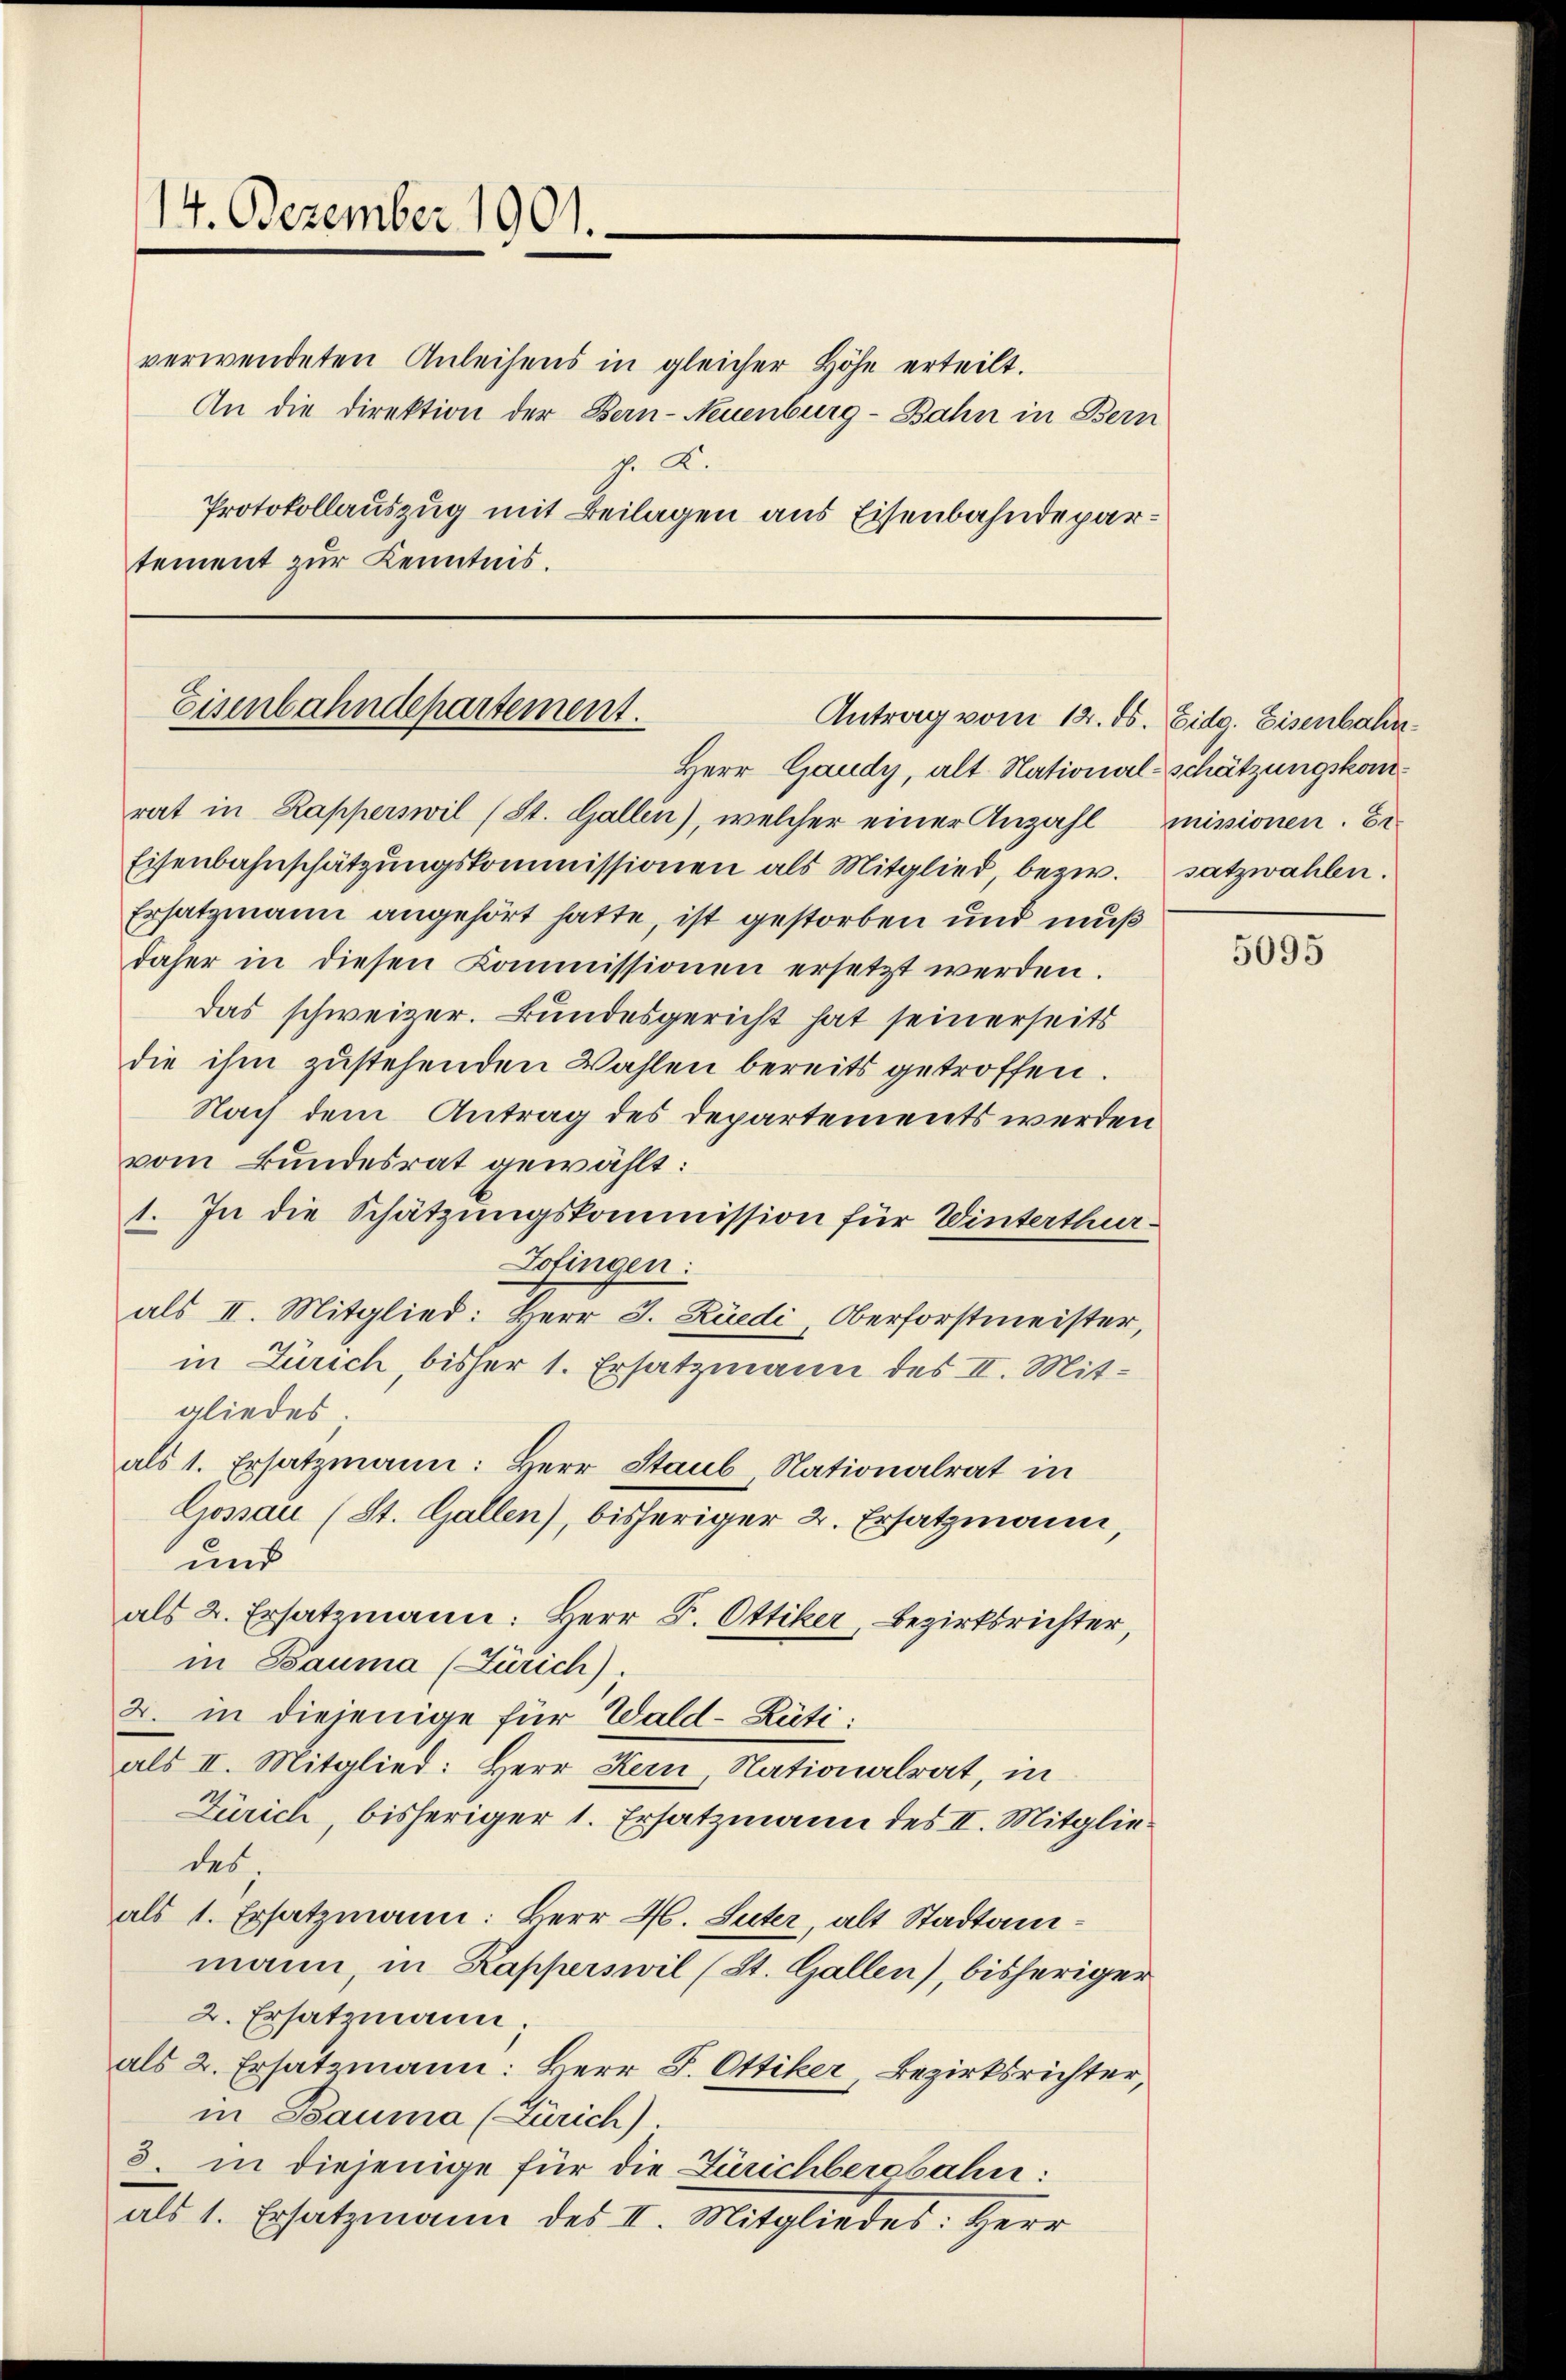
14. Dezember 1901.

verwendeten Anleisens in gleicher Höhe erteilt.
An die Direktion der Bern-Neuenburg-Bahn in Bern
p. 2.
Protokollauszug mit Beilagen aus Eisenbahndepartement zur Kenntnis.

Eisenbahndepartement.
Antrag vom 12. ds. Eidg. Eisenbahn
Herr Gaudy, alt. National-Schätzungskom¬

rat in Rapperswil (St. Gallen), welcher einer Anzahl missionen. Er
Eisenbahnschätzŭngskommissionen als Mitglied, bezw. satzwahlen.
Ersatzmann angehört hatte, ist gestorben und muß
daher in diesen Commissionen ersetzt werden.
das schweizer. Bundesgericht hat seinerseits
die ihm zustehenden Wahlen bereits getroffen.
Nach dem Antrag des Departements werden
vom Bundesrat gewählt:
1. In die Schätzungskommission für Winterthur-
Lofingen:
als II. Mitglied: Herr J. Rüedi, Oberforstmeister,
in Zürich, bisher 1. Ersatzmann des II. Mitgliedes.
als 1. Ersatzmann: Herr Staub, Nationalrat in
Gossau (St. Gallen), bisheriger 2. Ersatzmann,
und
als 2. Ersatzmann: Herr D. Ottiker, Bezirksrichter,
in Bauma (Zürich)
2. in diejenige für Wald–Rüti:
als II. Mitglied: Herr Kern, Nationalrat, in
Zürich, bisheriger 1. Ersatzmann des II. Mitgliedes
als 1. Ersatzmann: Berr H. Suter, alt Stadtammann, in Kapperswil (St. Gallen, bisheriger
2. Ersatzmann;
als 2. Ersatzmann: Berr J. Ottiker, Bezirksrichter,
in Bauma (Zürich).
3 in diejenige für die Zürichbergbahn:
als 1. Ersatzmann des II. Mitgliedes Herr

5095